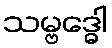
သမ္ဗဒ္ဓေါ